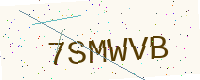
Text: 7SMWVB